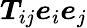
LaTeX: \boldsymbol{T}_{ij}\boldsymbol{e}_{i}\boldsymbol{e}_{j}